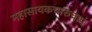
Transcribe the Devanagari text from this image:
महासायकचारुचापं